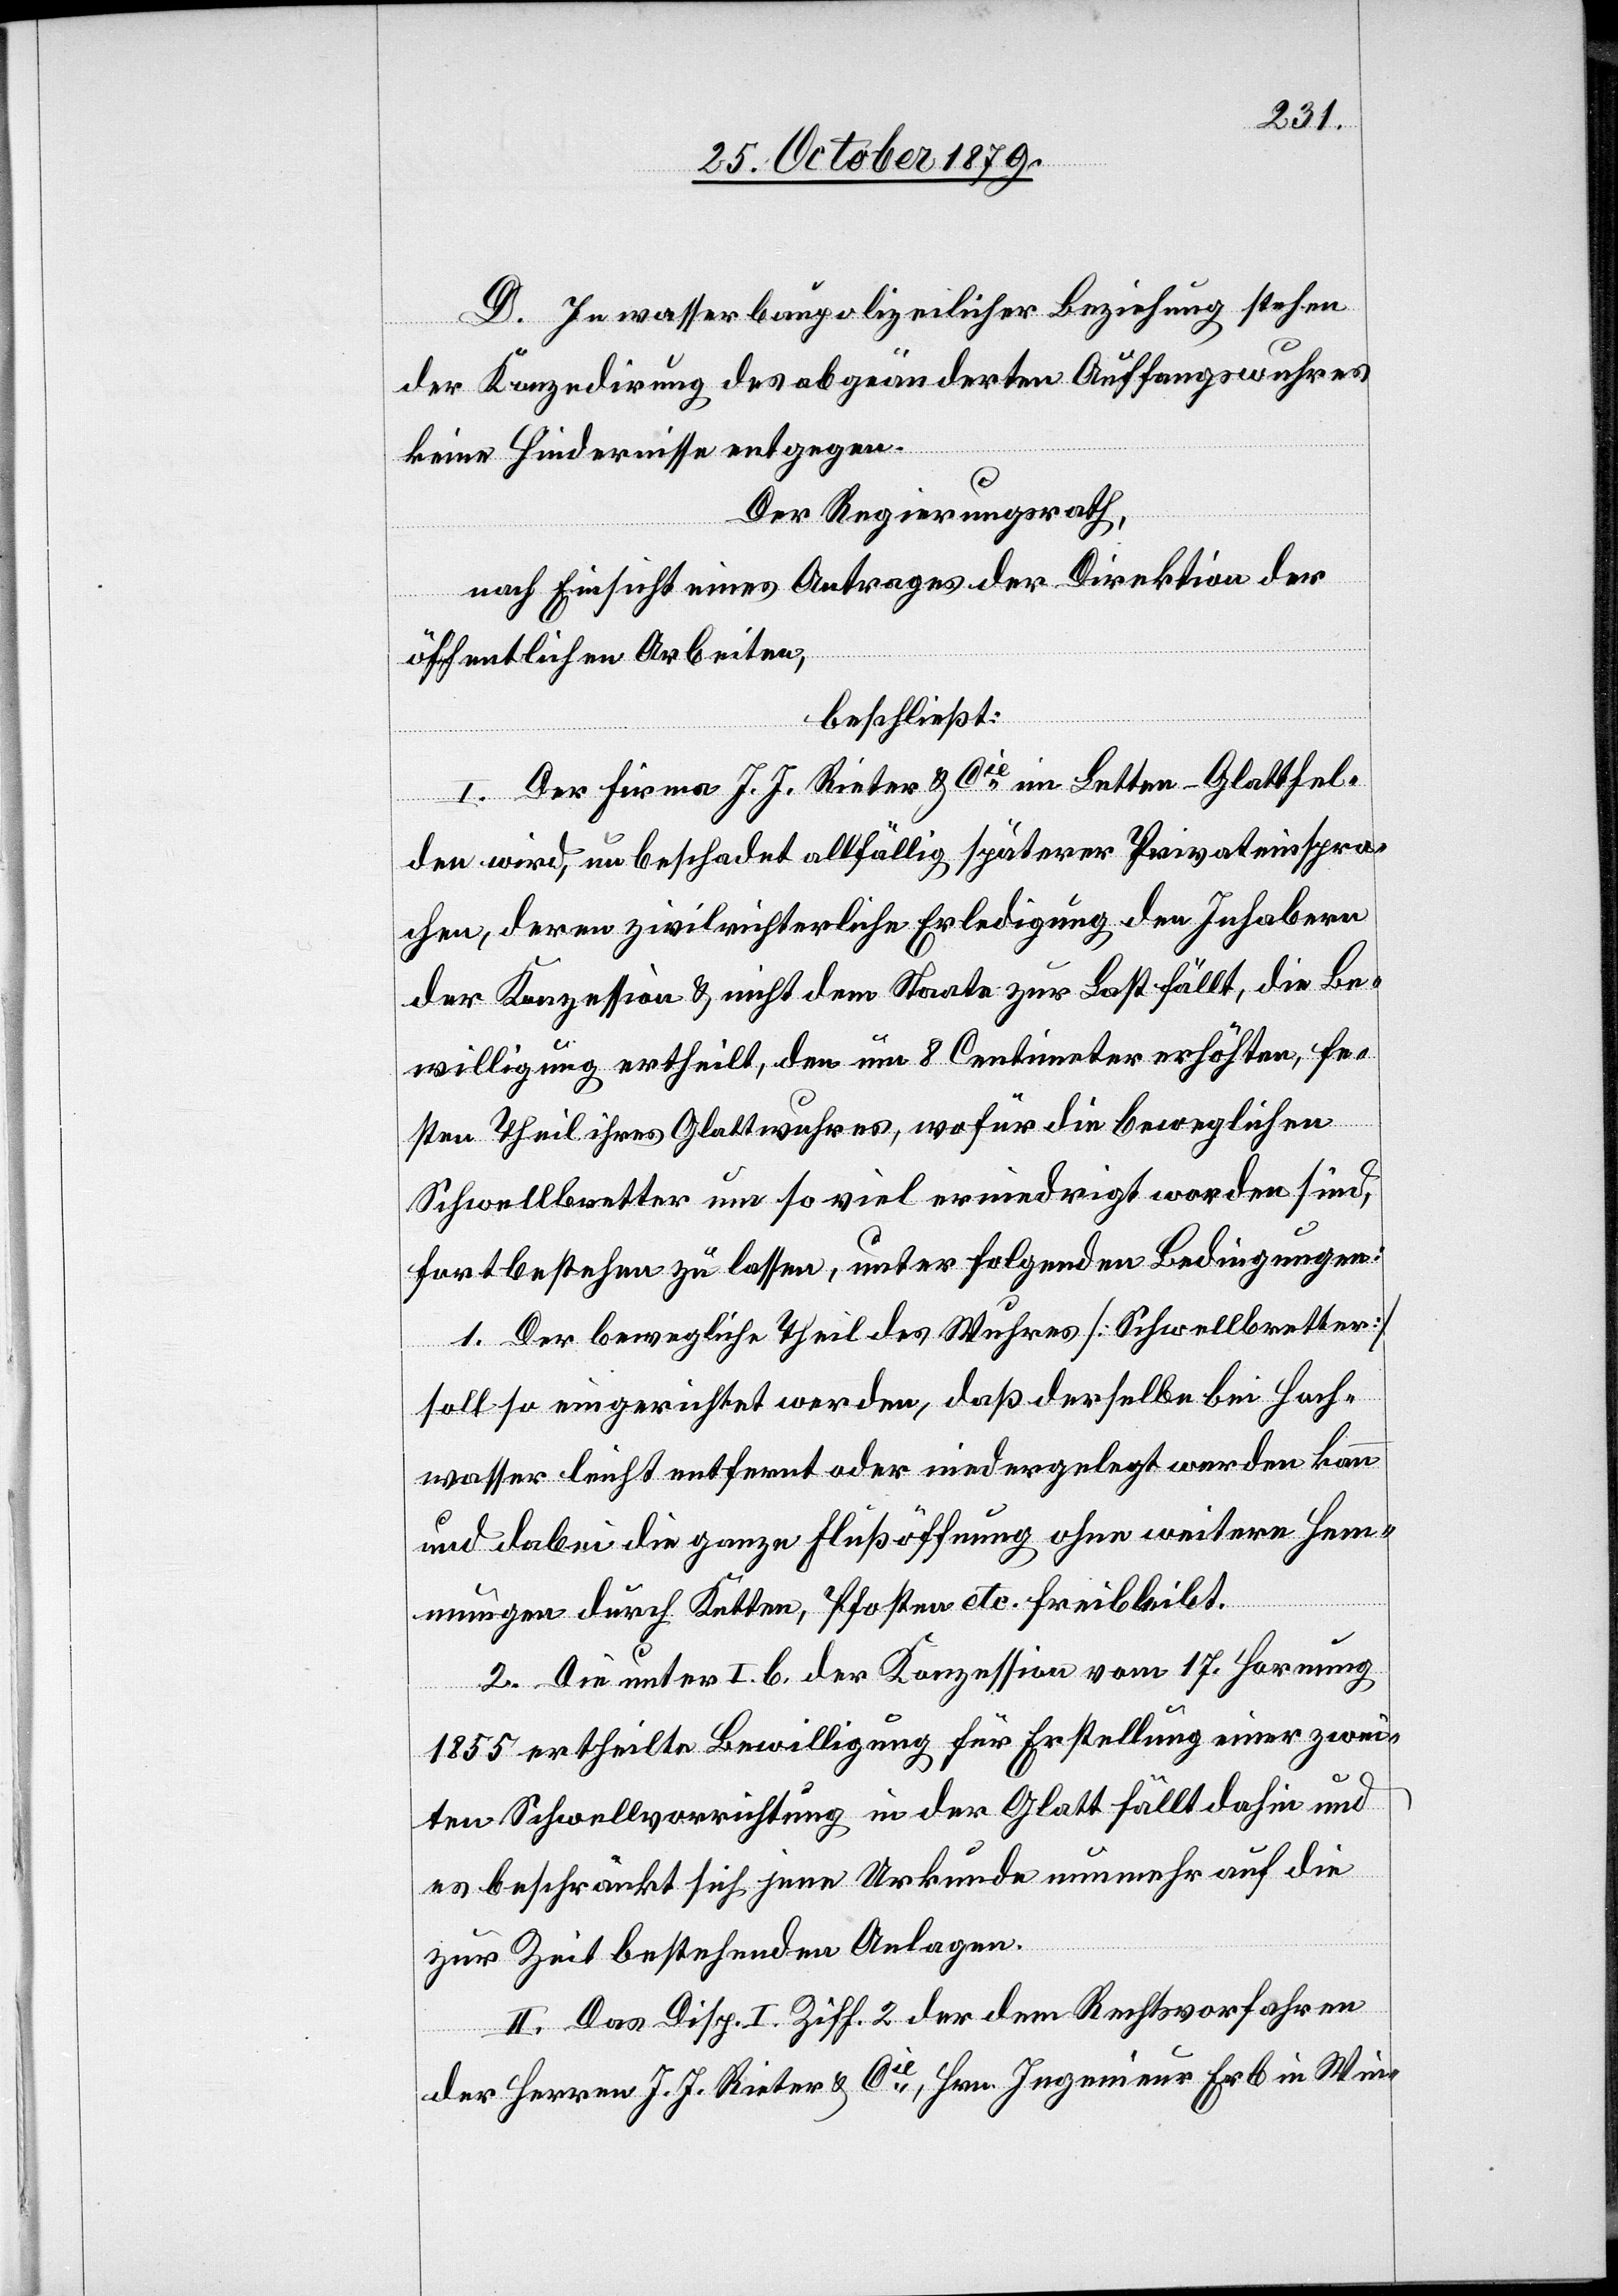
D. In wasserbaupolizeilicher Beziehung stehen
der Konzedirung des abgeänderten Auffangswuhres
keine Hindernisse entgegen.
Der Regierungsrath,
nach Einsicht eines Antrages der Direktion der
öffentlichen Arbeiten,
beschließt:
I. Der Firma J. J. Rieter & Cie im Letten - Glattfel¬
den wird, unbeschadet allfällig späterer Privateinspra¬
chen, deren zivilrichterliche Erledigung den Inhabern
der Konzession & nicht dem Staate zur Last fällt, die Be¬
willigung ertheilt, den um 8 Centimeter erhöhten, fe¬
sten Theil ihres Glattwuhres, wofür die beweglichen
Schwellbretter um so viel erniedrigt worden sind,
fortbestehen zu lassen, unter folgenden Bedingungen:
1. Der bewegliche Theil des Wuhres [Schwellbretter]
soll so eingerichtet werden, daß derselbe bei Hoch¬
wasser leicht entfernt oder niedergelegt werden kann
und dabei die ganze Flußöffnung ohne weitere Hem¬
mungen durch Ketten, Pfosten etc. freibleibt.
2. Die unter I. b der Konzession vom 17. Hornung
1855 ertheilte Bewilligung für Erstellung einer zwei¬
ten Schwellvorrichtung in der Glatt fällt dahin und
es beschränkt sich jene Urkunde nunmehr auf die
zur Zeit bestehenden Anlagen.
II. Das Disp. I Ziff. 2 der dem Rechtsvorfahren
der Herren J. J. Rieter & Cie, Hrn. Ingenieur Erb in Win-